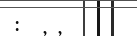
: